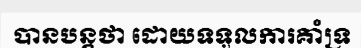
បានបន្តថា ដោយទទួលការគាំទ្រ